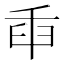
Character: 𦥛